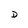
Character: D